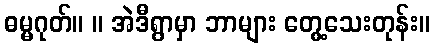
ဓမ္မဂုတ်။ ။ အဲဒီရွာမှာ ဘာများ တွေ့သေးတုန်း။